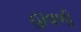
હાવળી